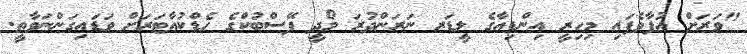
"ވަރަށް އުފާވެފައި މިހިރީ އިންޑިއާގެ ލީޑަރ ނަރަންދުރަ މޯދީ ފޭސްބުކްގެ ހެޑްކުއާޓަރަށް ވަޑައިގަންނަވާތީ.